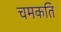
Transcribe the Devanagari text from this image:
चमकति